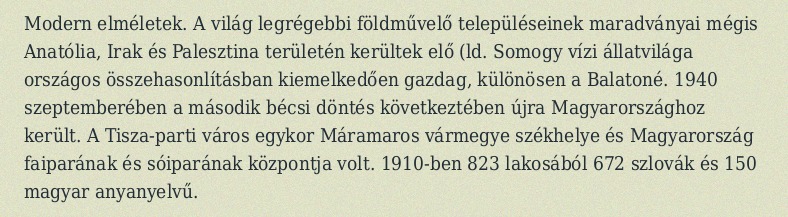
Modern elméletek. A világ legrégebbi földművelő településeinek maradványai mégis Anatólia, Irak és Palesztina területén kerültek elő (ld. Somogy vízi állatvilága országos összehasonlításban kiemelkedően gazdag, különösen a Balatoné. 1940 szeptemberében a második bécsi döntés következtében újra Magyarországhoz került. A Tisza-parti város egykor Máramaros vármegye székhelye és Magyarország faiparának és sóiparának központja volt. 1910-ben 823 lakosából 672 szlovák és 150 magyar anyanyelvű.